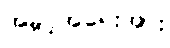
အခွင့်အရေးအား